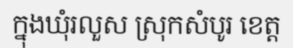
ក្នុងឃុំរលួស ស្រុកសំបូរ ខេត្ត